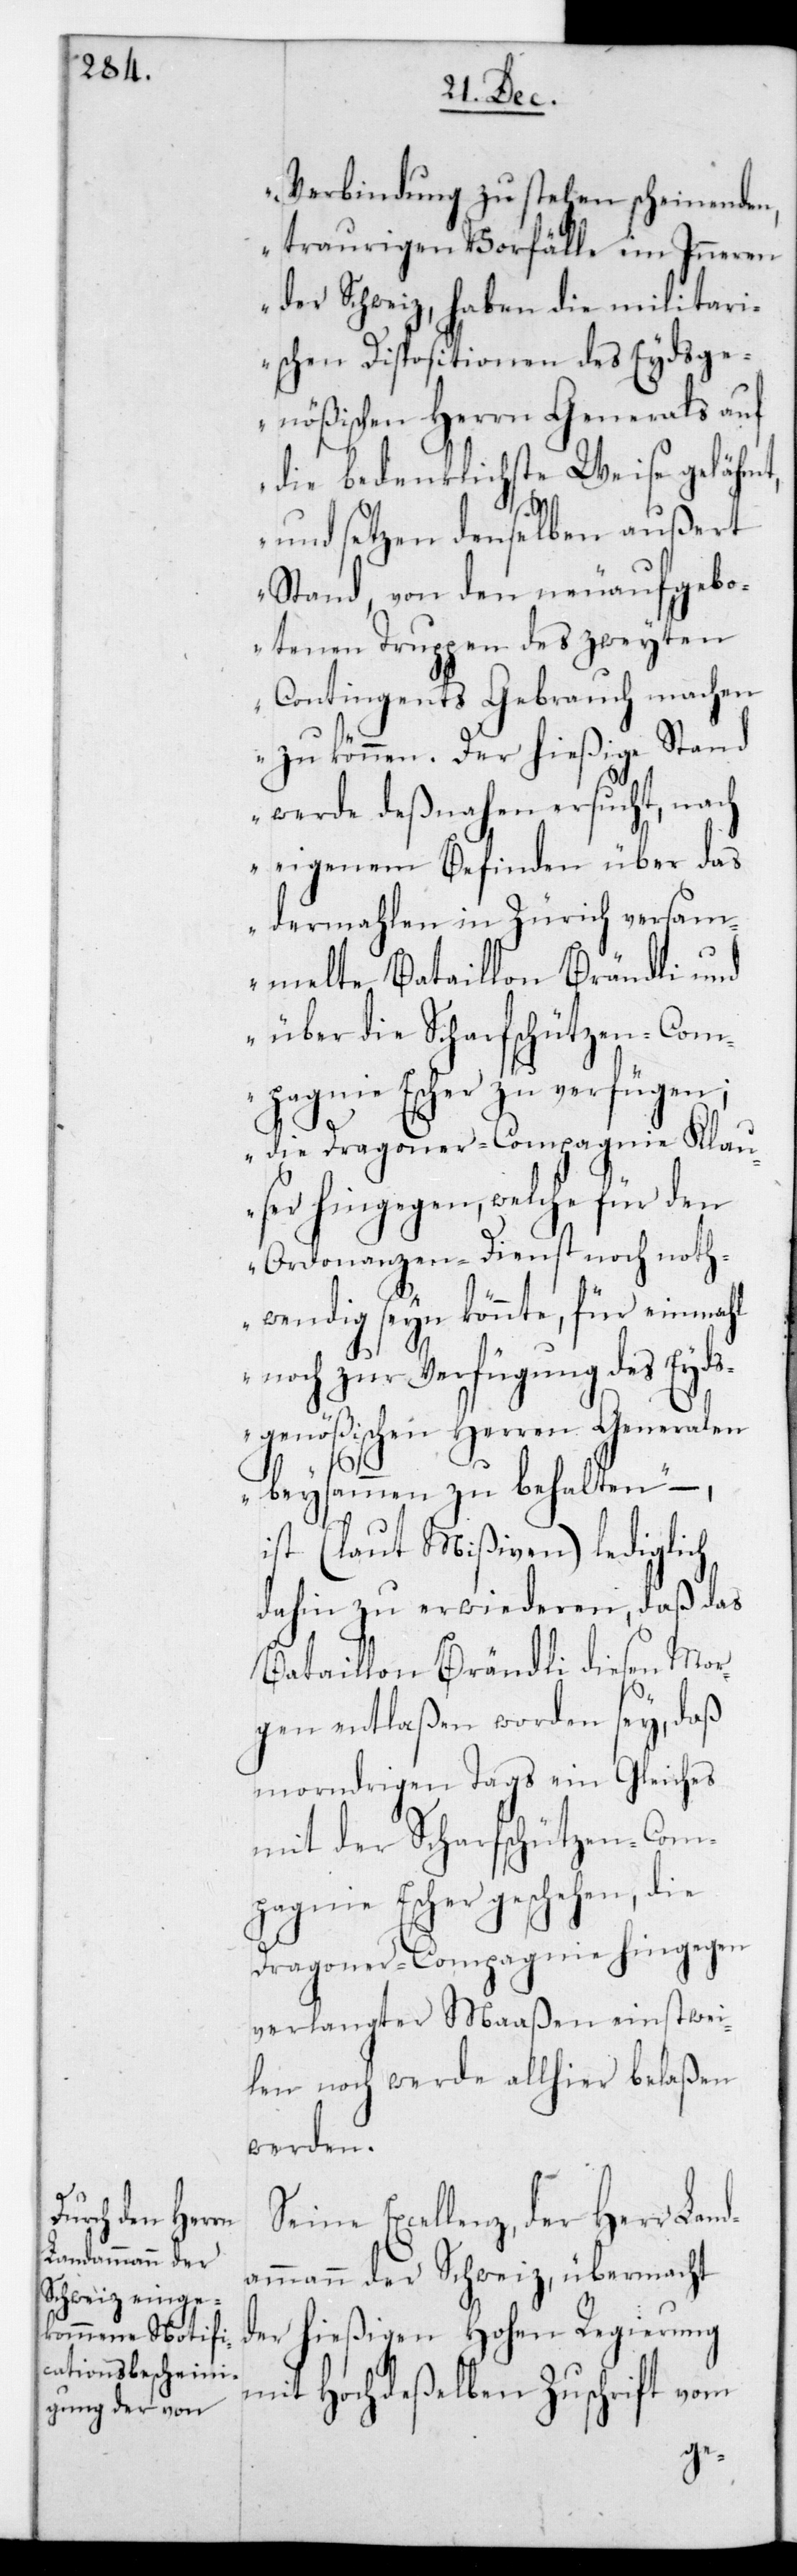
Verbindung zu stehen scheinenden
traurigen Vorfälle im Inneren
der Schweiz, haben die militari¬
schen Dispositionen des Eydsge¬
nößischen Herrn Generals auf
die bedenklichste Weise gelähmt,
und setzen demselben außert
Stand, von den neu aufgebo¬
tenen Truppen des zweyten
Contingents Gebrauch machen
zu können. Der hießige Stand
werde desnahen ersucht, nach
eigenem Befinden über das
dermahlen in Zürich versam¬
melte Bataillon Brändli und
über die Scharfschützen-Com¬
pagnie Escher zu verfügen;
die Dragoner- Compagnie Klau¬
ser hingegen, welche für den
Ordonnanzen-Dienst noch noth¬
wendig sein könnte, für einmal
noch zur Verfügung des Eyd¬
sgenößischen Herren Generalen
beysammen zu behalten“, –
ist (laut Mißiven) lediglich
dahin zu erwiederen, daß das
Bataillon Brändli diesen Mor¬
gen entlaßen worden sey, daß
morndrigen Tags ein Gleiches
mit der Scharfschützen-Com¬
pagnie Escher geschehen, die
Dragoner-Compagnie hingegen
verlangter Maaßen einstwei¬
len noch werde allhier belaßen
werden.
Excellenz, der Herr Lan¬
dammann der Schweiz, übermacht
der hießigen Hohen Regierung
mit Hochdeßelben Zuschrift vom